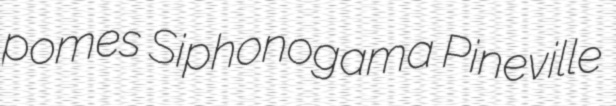
pomes Siphonogama Pineville